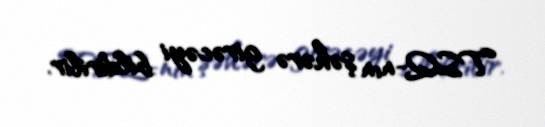
TSQ-nın şəhərə girəcəyi bildirilir.